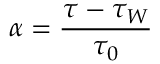
\alpha = \frac { \tau - \tau _ { W } } { \tau _ { 0 } }